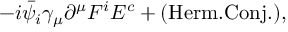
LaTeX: - i { \bar { \psi } _ { i } } \gamma _ { \mu } \partial ^ { \mu } F ^ { i } E ^ { c } + ( \mathrm { H e r m . C o n j . } ) ,